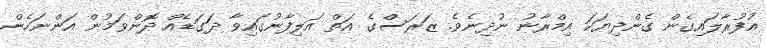
އުފުރާލައިގެން ގެންދިޔަކަ އިމްރާނު ނުދިނެވެ. ޒަރަސްގެ އަތް އަލިފާނުގައިވާ ދަގަޑެއް ދޮންވަމުން އަންނަހެން